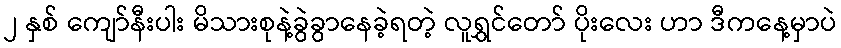
၂ နှစ် ကျော်နီးပါး မိသားစုနဲ့ခွဲခွာနေခဲ့ရတဲ့ လူရွှင်တော် ပိုးလေး ဟာ ဒီကနေ့မှာပဲ